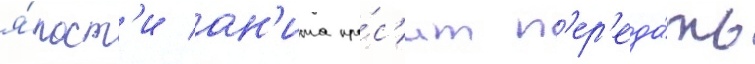
я́рост'и ан'ита про́с'ит п'ер'еда́ть